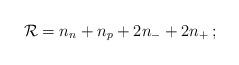
LaTeX: \begin{align*}{\cal R}=n_n+n_p+2n_{-}+2n_{+}\,;\end{align*}